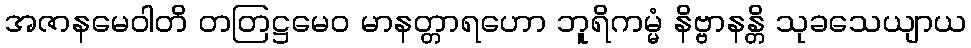
အဇာနမေဝါတိ တတြဋ္ဌမေဝ မာနတ္တာရဟော ဘူရိကမ္မံ နိဗ္ဗာနန္တိ သုခသေယျာယ